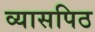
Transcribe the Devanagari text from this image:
व्यासपिठ